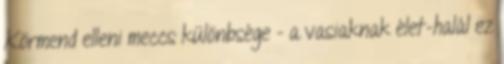
Körmend elleni meccs különbsége - a vasiaknak élet-halál ez